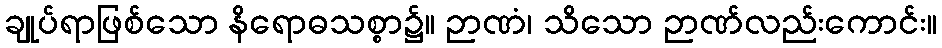
ချုပ်ရာဖြစ်သော နိရောဓသစ္စာ၌။ ဉာဏံ၊ သိသော ဉာဏ်လည်းကောင်း။